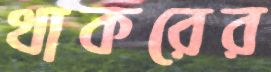
থাকরের